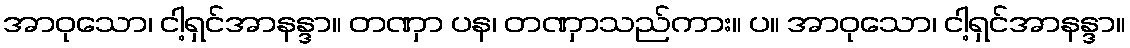
အာဝုသော၊ ငါ့ရှင်အာနန္ဒာ။ တဏှာ ပန၊ တဏှာသည်ကား။ ပ။ အာဝုသော၊ ငါ့ရှင်အာနန္ဒာ။